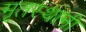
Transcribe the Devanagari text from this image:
मृतस्थानी